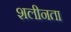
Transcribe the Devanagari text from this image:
शलीनता